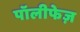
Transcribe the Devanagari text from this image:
पॉलीफेज़